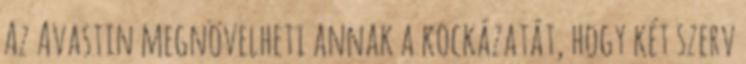
Az Avastin megnövelheti annak a kockázatát, hogy két szerv